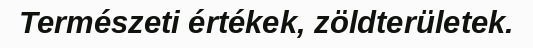
Természeti értékek, zöldterületek.